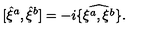
[ { \hat { \xi } } ^ { a } , { \hat { \xi } } ^ { b } ] = - i \widehat { \{ \xi ^ { a } , \xi ^ { b } \} } .